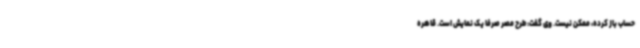
حساب باز کرده، ممکن نیست. وی گفت: طرح مصر صرفا یک نمایش است. قاهره